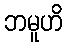
ဘမူဟိ